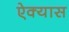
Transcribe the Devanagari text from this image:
ऐक्यास